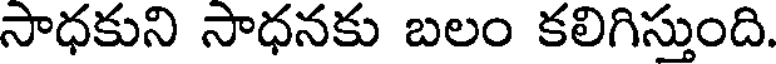
సాధకుని సాధనకు బలం కలిగిస్తుంది.